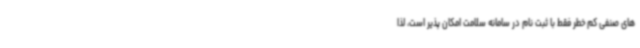
های صنفی کم خطر فقط با ثبت نام در سامانه سلامت امکان پذیر است، لذا